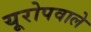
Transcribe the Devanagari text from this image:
यूरोपवाले